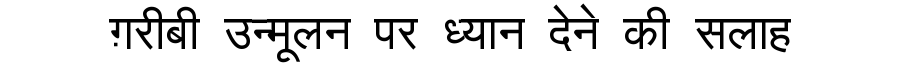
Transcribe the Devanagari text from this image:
ग़रीबी उन्मूलन पर ध्यान देने की सलाह